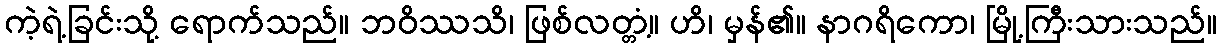
ကဲ့ရဲ့ခြင်းသို့ ရောက်သည်။ ဘဝိဿသိ၊ ဖြစ်လတ္တံ့။ ဟိ၊ မှန်၏။ နာဂရိကော၊ မြို့ကြီးသားသည်။